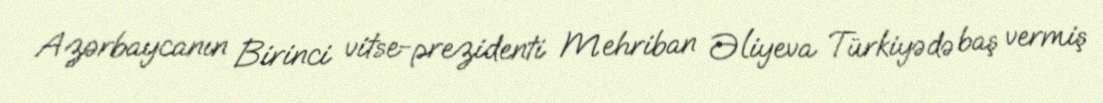
Azərbaycanın Birinci vitse-prezidenti Mehriban Əliyeva Türkiyədə baş vermiş